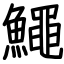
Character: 鱦